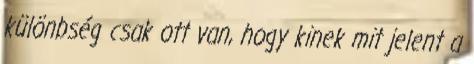
különbség csak ott van, hogy kinek mit jelent a